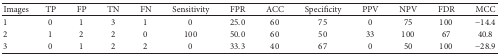
<table><thead><tr><td><b>Images</b></td><td><b>TP</b></td><td><b>FP</b></td><td><b>TN</b></td><td><b>FN</b></td><td><b>Sensitivity</b></td><td><b>FPR</b></td><td><b>ACC</b></td><td><b>Specificity</b></td><td><b>PPV</b></td><td><b>NPV</b></td><td><b>FDR</b></td><td><b>MCC</b></td></tr></thead><tbody><tr><td>1</td><td>0</td><td>1</td><td>3</td><td>1</td><td>0</td><td>25.0</td><td>60</td><td>75</td><td>0</td><td>75</td><td>100</td><td>−14.4</td></tr><tr><td>2</td><td>1</td><td>2</td><td>2</td><td>0</td><td>100</td><td>50.0</td><td>60</td><td>50</td><td>33</td><td>100</td><td>67</td><td>40.8</td></tr><tr><td>3</td><td>0</td><td>1</td><td>2</td><td>2</td><td>0</td><td>33.3</td><td>40</td><td>67</td><td>0</td><td>50</td><td>100</td><td>−28.9</td></tr></tbody></table>